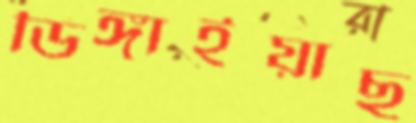
ডিঙ্গাইয়াছ